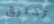
تخترق